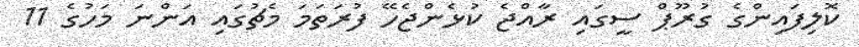
ކޮލިފައިންގެ ގުރޫޕް ސީގައި ރާއްޖެ ކުޅެންޖެހޭ ފުރަތަމަ މެޗުގައި އަންނަ މަހުގެ 11